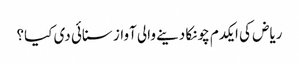
ریاض کی ایکدم چونکا دینے والی آواز سنائی دی کیا؟